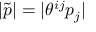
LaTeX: | \tilde { p } | = | \theta ^ { i j } p _ { j } |